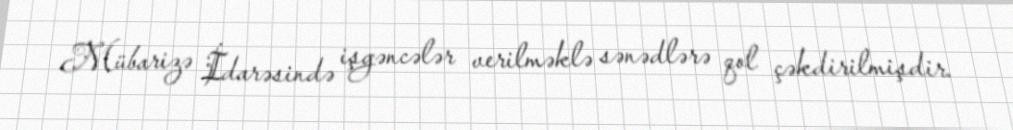
Mübarizə İdarəsində işgəncələr verilməklə sənədlərə qol çəkdirilmişdir.